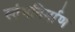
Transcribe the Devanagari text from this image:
स्तंभनिर्माण